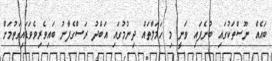
ބައެއް ނޫސްތަކުގައި ބުނެފައި ވަނީ މި ހަމަލާތައް ދިނުމުގައި އަބްދު ރަސްގެފާނު ބައިވެރިވެވަޑައިގަތުމަށް